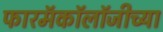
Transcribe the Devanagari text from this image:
फारमॅकॉलॉजीच्या